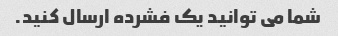
شما می توانید یک فشرده ارسال کنید.